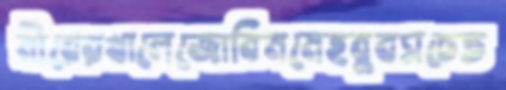
মীরেরখালেজোবিমমেহবুবসচেত